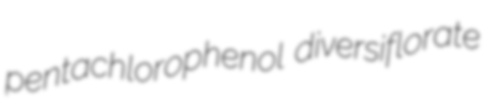
pentachlorophenol diversiflorate